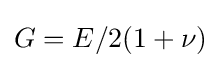
G=E/2(1+\nu )